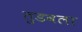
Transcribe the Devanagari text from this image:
तुडवला